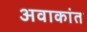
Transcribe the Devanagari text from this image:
अवाकांत